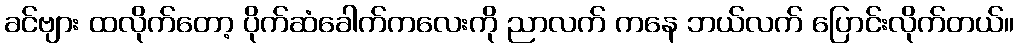
ခင်ဗျား ထလိုက်တော့ ပိုက်ဆံခေါက်ကလေးကို ညာလက် ကနေ ဘယ်လက် ပြောင်းလိုက်တယ်။